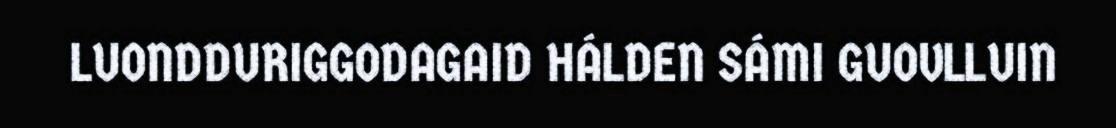
LUONDDURIGGODAGAID HÁLDEN SÁMI GUOVLLUIN